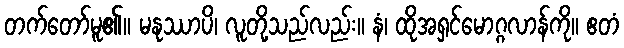
တက်တော်မူ၏။ မနုဿာပိ၊ လူတို့သည်လည်း။ နံ၊ ထိုအရှင်မောဂ္ဂလာန်ကို။ ဧတံ